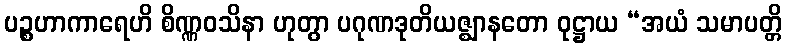
ပဉ္စဟာကာရေဟိ စိဏ္ဏဝသိနာ ဟုတွာ ပဂုဏဒုတိယဇ္ဈာနတော ဝုဋ္ဌာယ “အယံ သမာပတ္တိ